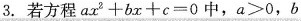
3.若方程$$a x ^ { 2 } + b x + c = 0$$中，$$a > 0$$，$$b